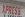
xpress